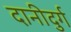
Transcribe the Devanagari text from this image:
दानीदुर्ग